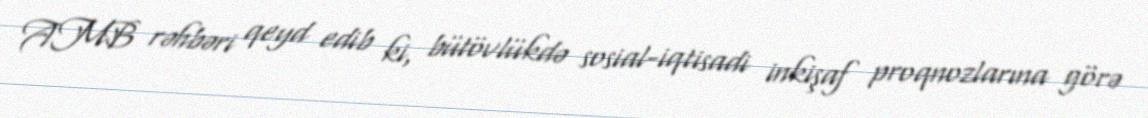
AMB rəhbəri qeyd edib ki, bütövlükdə sosial-iqtisadi inkişaf proqnozlarına görə